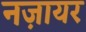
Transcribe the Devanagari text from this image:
नज़ायर